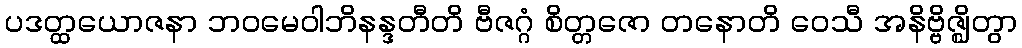
ပဒတ္ထယောဇနာ ဘဝမေဝါဘိနန္ဒတီတိ ဗီဇဂ္ဂံ စိတ္တဇော တနောတိ ဝေသီ အနိဗ္ဗိဇ္ဈိတွာ